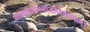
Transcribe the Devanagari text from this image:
मदमलपदाम्भोजसेवैकसेवाम्।